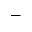
-